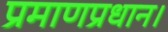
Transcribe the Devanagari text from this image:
प्रमाणप्रधान।